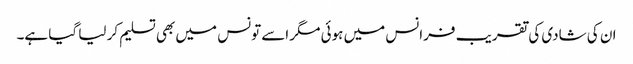
ان کی شادی کی تقریب فرانس میں ہوئی مگر اسے تونس میں بھی تسلیم کر لیا گیا ہے۔